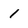
Character: 1